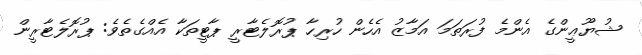
ޝުޔޫޢީންގެ އެންމެ ފުރަތަމަ އަމާޒު އެހެން ހުރިހާ ޕުރޮލެޓާރީ ޕާޓީތަކާ އެއްގެތެވެ: ޕުރޮލެޓާރީން